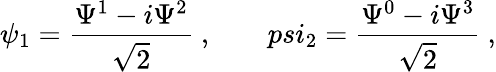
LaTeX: \psi_{1}=\frac{\Psi^{1}-i\Psi^{2}}{\sqrt 2}\ ,\ \ \ \ \ \ \ \, psi_{2}=\frac{\Psi^{0}-i\Psi^{3}}{\sqrt 2}\ ,